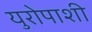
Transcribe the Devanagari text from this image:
युरोपाशी